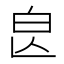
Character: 𣌣